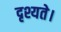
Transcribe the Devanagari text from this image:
दृश्यते।